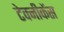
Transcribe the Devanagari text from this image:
टेक्नीकेंस